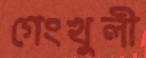
গেংখুলী